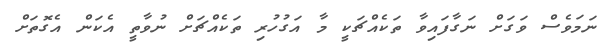
ނަމަވެސް ވަގަށް ނަގާފައިވާ ތަކެއްޗަކީ މާ އަގުހުރި ތަކެއްޗަށް ނުވާތީ އެކަން އެގޮތަށް